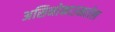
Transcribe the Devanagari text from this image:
असिनोकाउमरोल